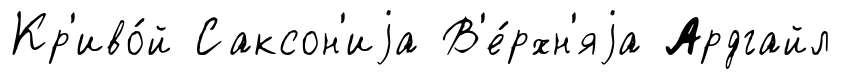
Кр'иво́й Саксон'иjа В'е́рхн'яjа Ардгайл